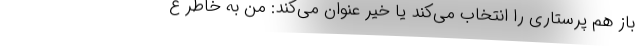
باز هم پرستاری را انتخاب می‌کند یا خیر عنوان می‌کند: من به خاطر ع